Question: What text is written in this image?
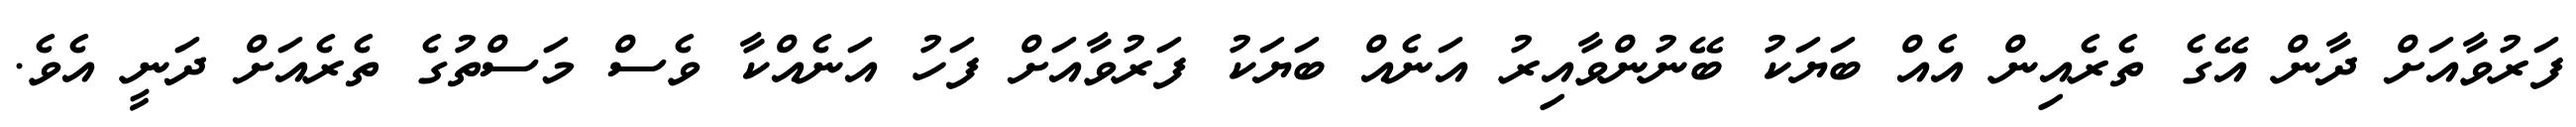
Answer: ފަރުވާއަށް ދާން އޭގެ ތެރެއިން އެއް ބަޔަކު ބޭނުންވާއިރު އަނެއް ބަޔަކު ފަރުވާއަށް ފަހު އަނެއްކާ ވެސް މަސްތުގެ ތެރެއަށް ދަނީ އެވެ.